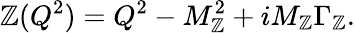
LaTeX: \mathbb{Z}(Q^{2})=Q^{2}-M_{\mathbb{Z}}^{2}+iM_{\mathbb{Z}}\Gamma_{\mathbb{Z}}.